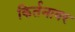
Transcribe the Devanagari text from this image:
किर्तनावर